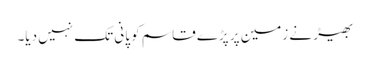
بھیڑ نے زمین پر پڑے قاسم کو پانی تک نہیں دیا۔